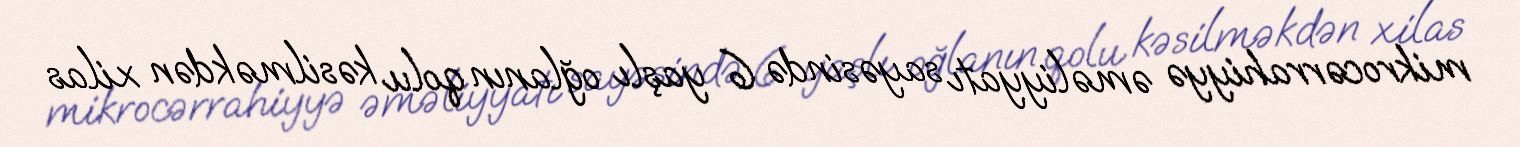
mikrocərrahiyyə əməliyyatı sayəsində 6 yaşlı oğlanın qolu kəsilməkdən xilas